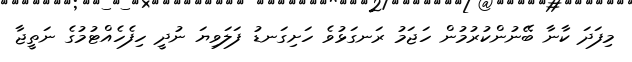
މިފަދަ ކާނާ ބޭނުންކުރުމުން ހަޖަމު ރަނގަޅުވެ ހަށިގަނޑު ފަލަވިޔަ ނުދީ ހިފެހެއްޓުމުގެ ނަތީޖާ